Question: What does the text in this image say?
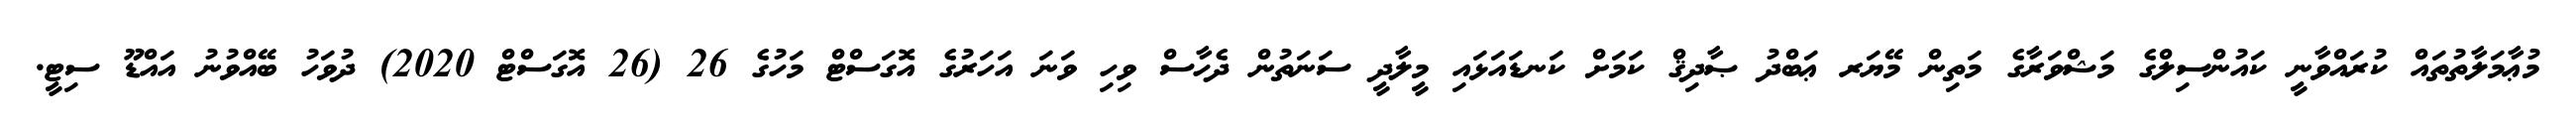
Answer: މުޢާމަލާތުތައް ކުރައްވާނީ ކައުންސިލްގެ މަޝްވަރާގެ މަތިން މޭޔަރ ޢަބްދު ޞާދިޤް ކަމަށް ކަނޑައަޅައި މީލާދީ ސަނަތުން ދެހާސް ވިހި ވަނަ އަހަރުގެ އޮގަސްޓް މަހުގެ 26 (26 އޮގަސްޓް 2020) ދުވަހު ބޭއްވުނު އައްޑޫ ސިޓީ.